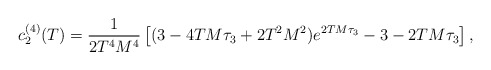
\begin{align*} c^{(4)}_2(T)=\frac{1}{2T^4M^4}\left[(3-4TM\tau_3+2T^2M^2) e^{2TM\tau_3}-3-2TM\tau_3\right],\end{align*}